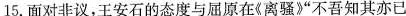
15.面对非议，王安石的态度与屈原在《离骚》”不吾知其亦已